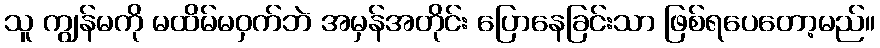
သူ ကျွန်မကို မထိမ်မဝှက်ဘဲ အမှန်အတိုင်း ပြောနေခြင်းသာ ဖြစ်ရပေတော့မည်။